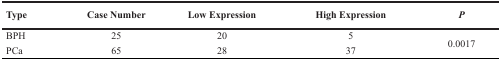
<table><thead><tr><td><b>Type</b></td><td><b>Case Number</b></td><td><b>Low Expression</b></td><td><b>High Expression</b></td><td><b><i>P</i></b></td></tr></thead><tbody><tr><td>BPH</td><td>25</td><td>20</td><td>5</td><td rowspan="2">0.0017</td></tr><tr><td>PCa</td><td>65</td><td>28</td><td>37</td></tr></tbody></table>